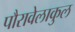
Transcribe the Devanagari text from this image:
पौरावेलाकुल